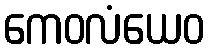
ကေဝလံယေဝ